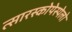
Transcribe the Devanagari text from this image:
त्सारस्कोयेस्येलो